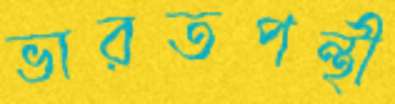
ভারতপন্থী